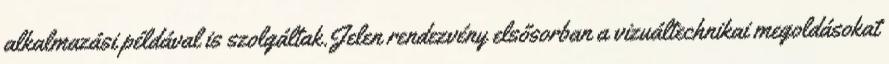
alkalmazási példával is szolgáltak.Jelen rendezvény elsősorban a vizuáltechnikai megoldásokat